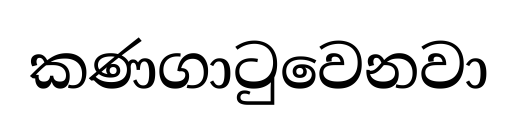
කණගාටුවෙනවා